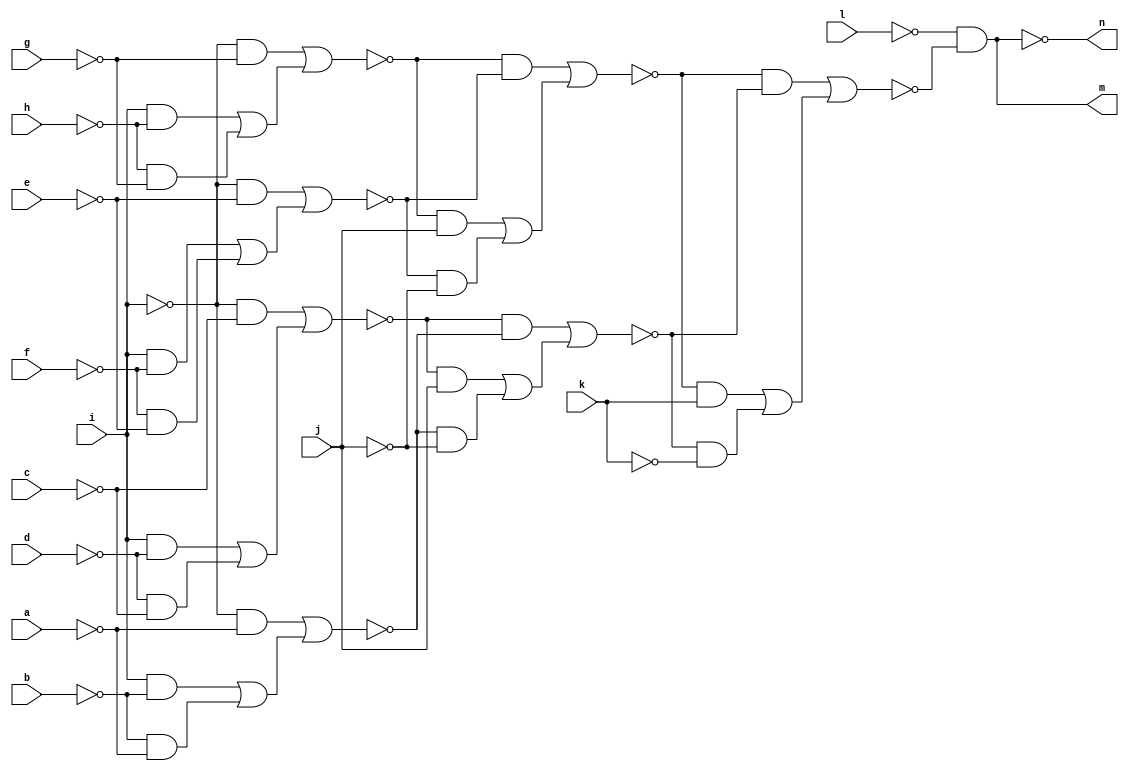
// IWLS benchmark module "CM151" printed on Wed May 29 16:31:28 2002
module CM151(a, b, c, d, e, f, g, h, i, j, k, l, m, n);
input
  a,
  b,
  c,
  d,
  e,
  f,
  g,
  h,
  i,
  j,
  k,
  l;
output
  m,
  n;
wire
  \[0] ,
  \[1] ,
  t,
  u,
  v,
  w,
  y,
  z,
  b0;
assign
  \[0]  = ~l & ~b0,
  \[1]  = ~\[0] ,
  m = \[0] ,
  n = \[1] ,
  t = (~i & ~a) | ((i & ~b) | (~b & ~a)),
  u = (~i & ~c) | ((i & ~d) | (~d & ~c)),
  v = (~i & ~e) | ((i & ~f) | (~f & ~e)),
  w = (~i & ~g) | ((i & ~h) | (~h & ~g)),
  y = (~u & ~t) | ((~u & j) | (~t & ~j)),
  z = (~w & ~v) | ((~w & j) | (~v & ~j)),
  b0 = (~z & ~y) | ((~z & k) | (~y & ~k));
endmodule